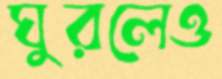
ঘুরলেও